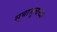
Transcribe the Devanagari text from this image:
सुबाभूळच्या